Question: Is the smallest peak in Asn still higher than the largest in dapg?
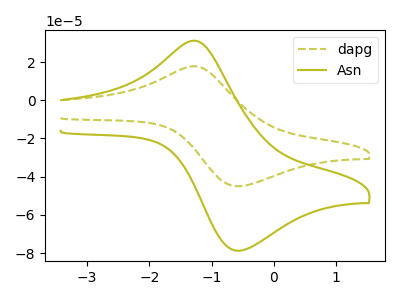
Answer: <think>The olive dashed curve "dapg" has an anodic peak at (-1.30V, 17.80uA) and a cathodic peak at (-0.55V, -45.00uA). The olive curve "Asn" has an anodic peak at (-1.30V, 31.20uA) and a cathodic peak at (-0.55V, -78.80uA).</think>
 <answer>Every peak in "Asn" is higher than every peak in "dapg".</answer>
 <eval>higher</eval>